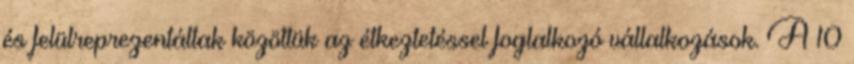
és felülreprezentáltak közöttük az étkeztetéssel foglalkozó vállalkozások. A 10